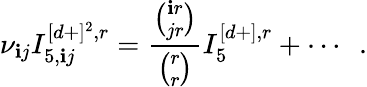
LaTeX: \nu_{\mathbf{i}j}I_{5,\mathbf{i}j}^{[d+]^{2},r}=\frac{{{\binom{\mathbf{i}r}{jr}}}}{{{\binom{r}{r}}}}I_{5}^{[d+],r}+\cdots~~.